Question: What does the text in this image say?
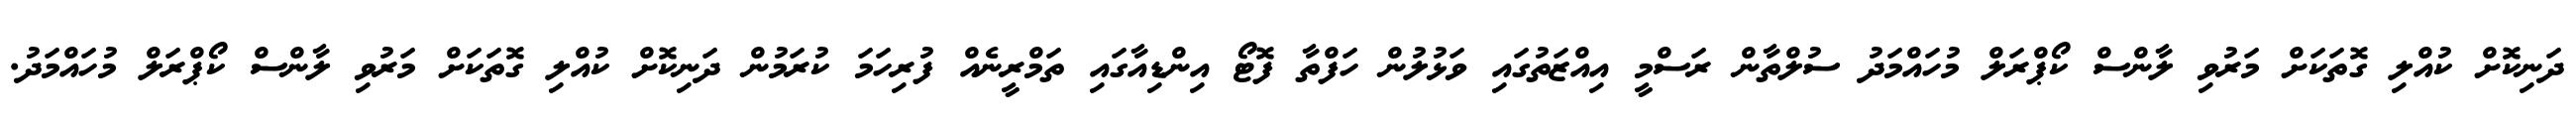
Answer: ދަނިކޮށް ކުއްލި ގޮތަކަށް މަރުވި ލާންސް ކޯޕްރަލް މުހައްމަދު ސުލްތާން ރަސްމީ އިއްޒަތުގައި ވަޅުލުން ހަފްތާ ފޮޓޯ އިންޑިއާގައި ތަމްރީނެއް ފުރިހަމަ ކުރަމުން ދަނިކޮށް ކުއްލި ގޮތަކަށް މަރުވި ލާންސް ކޯޕްރަލް މުހައްމަދު.